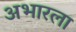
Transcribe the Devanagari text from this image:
अभारला